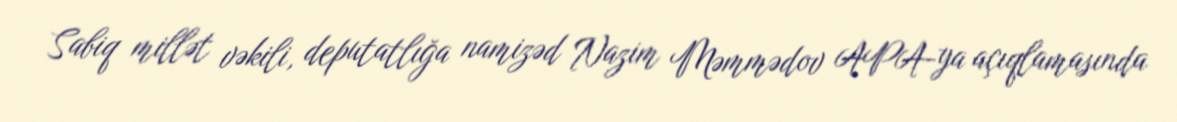
Sabiq millət vəkili, deputatlığa namizəd Nazim Məmmədov APA-ya açıqlamasında